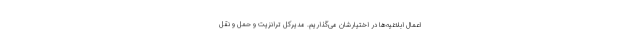
اعمال ابلاغیه‌ها در اختیارشان می‌گذاریم. مدیرکل ترانزیت و حمل و نقل